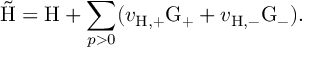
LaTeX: \tilde { \mathrm { H } } = \mathrm { H } + \sum _ { p > 0 } ( v _ { \mathrm { H , + } } \mathrm { G } _ { + } + v _ { \mathrm { H , - } } \mathrm { G } _ { - } ) .